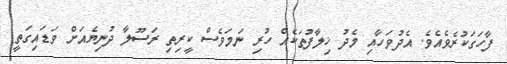
ފާހަގަކުރެވެއެވެ. އެދުވަހާއި މެދު ޚިލާފުތަކެއް ހުރި ނަމަވެސް ކީރިތި ރަސޫލާ ދުނިޔެއަށް ވަޑައިގަތީ